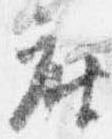
座